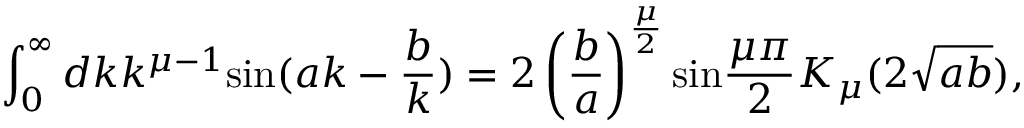
\int _ { 0 } ^ { \infty } d k k ^ { { \mu } - 1 } \mathrm { s i n } ( a k - \frac { b } { k } ) = 2 \left( \frac { b } { a } \right) ^ { \frac { \mu } { 2 } } \mathrm { s i n } \frac { { \mu } { \pi } } { 2 } K _ { \mu } ( 2 \sqrt { a b } ) ,